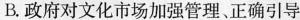
B.政府对文化市场加强管理、正确引导